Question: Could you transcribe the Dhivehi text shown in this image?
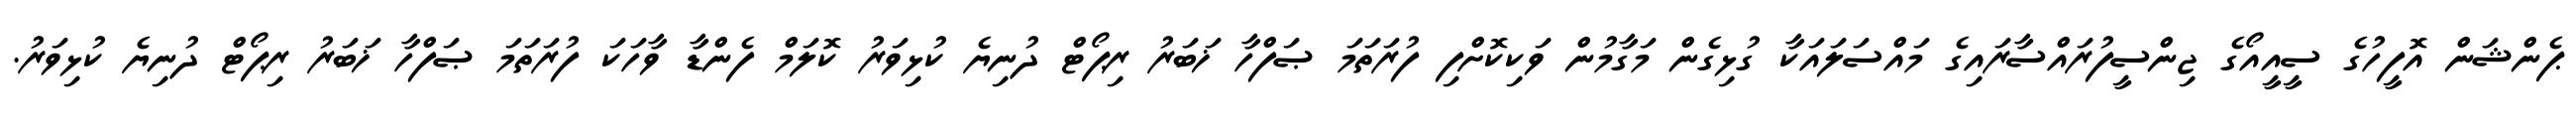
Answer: ޕެންޝަން އޮފީހުގެ ސީއީއޯގެ ޖިންސީފުރައްސާރައިގެ މައްސަލައަކާ ގުޅިގެން މަގާމުން ވަކިކޮށްފި ފުރަތަމަ ޞަފްހާ ޚަބަރު ރިޕޯޓް ދުނިޔެ ކުޅިވަރު ކޮލަމް ފެންޑާ ވާހަކަ ފުރަތަމަ ޞަފްހާ ޚަބަރު ރިޕޯޓް ދުނިޔެ ކުޅިވަރު.